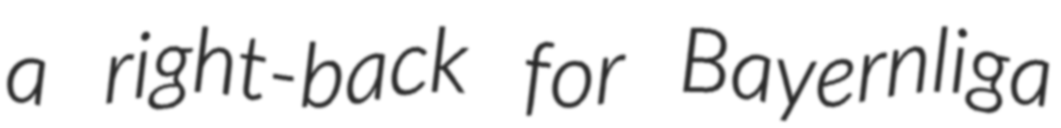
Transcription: a right-back for Bayernliga